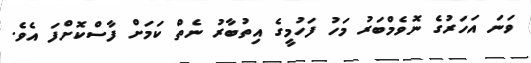
ވަނަ އަހަރުގެ ނޮވެމްބަރު މަހު ފަހުމީގެ އިތުބާރު ނެތް ކަމަށް ފާސްކޮށްފަ އެވެ.